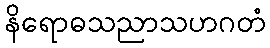
နိရောဓသညာသဟဂတံ